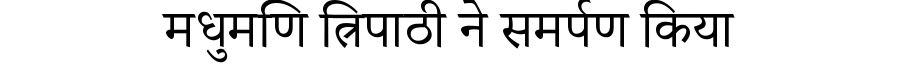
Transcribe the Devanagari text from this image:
मधुमणि त्रिपाठी ने समर्पण किया